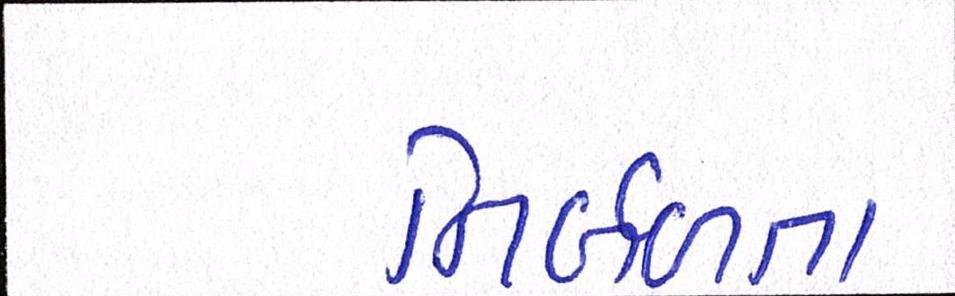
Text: નિર્બળતા